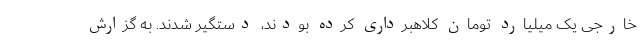
خارجی یک میلیارد تومان کلاهبرداری کرده بودند، دستگیر شدند. به گزارش